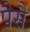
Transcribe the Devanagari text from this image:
पैसै